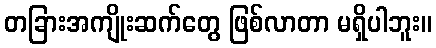
တခြားအကျိုးဆက်တွေ ဖြစ်လာတာ မရှိပါဘူး။